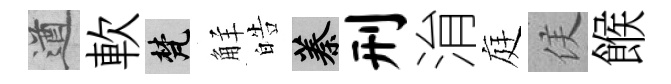
遒軟梵觧皓蓁刑㳙庭侯餱